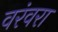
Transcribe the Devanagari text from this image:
वरंवरा